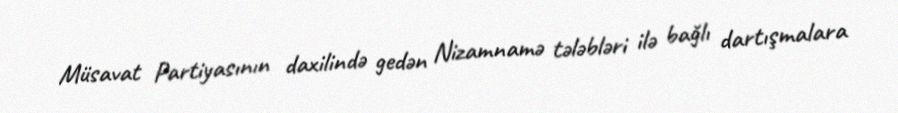
Müsavat Partiyasının daxilində gedən Nizamnamə tələbləri ilə bağlı dartışmalara